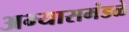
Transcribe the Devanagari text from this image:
अभ्यासमंडळे